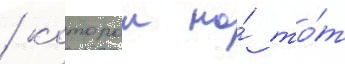
/ которои на́ то́т